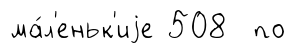
ма́л'еньк'иjе 508 по